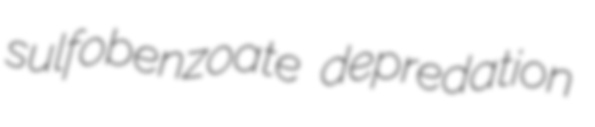
sulfobenzoate depredation